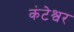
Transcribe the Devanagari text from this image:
कंटेश्वर